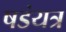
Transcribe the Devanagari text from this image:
षडंयत्र